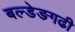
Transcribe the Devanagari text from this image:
बल्डेङगढी